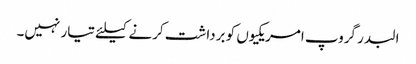
البدر گروپ امریکیوں کو برداشت کرنے کیلئے تیار نہیں۔